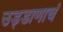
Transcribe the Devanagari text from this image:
उड्डाणाचं